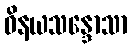
ဝိနယသန္ဒောသာ